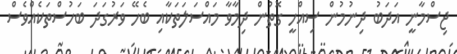
ޖިސްމާނީ އަދަބު ދިނުމުން ސިއްހީ ގޮތުން ދިމާވާ މައްސަލަތަކާއި ބެހޭ ވަރުގަދަ ބަހުސްތަކެއްވެސް